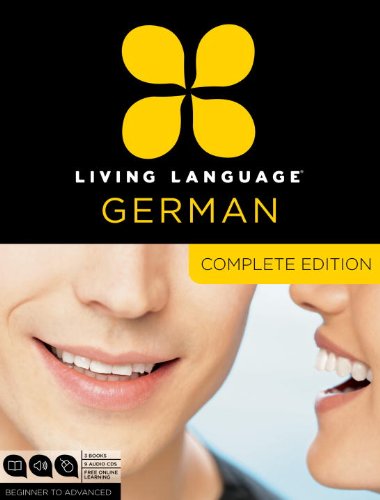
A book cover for Living Language German, Complete Edition: Beginner through advanced course, including 3 coursebooks, 9 audio CDs, and free online learning; Living Language; Education & Teaching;